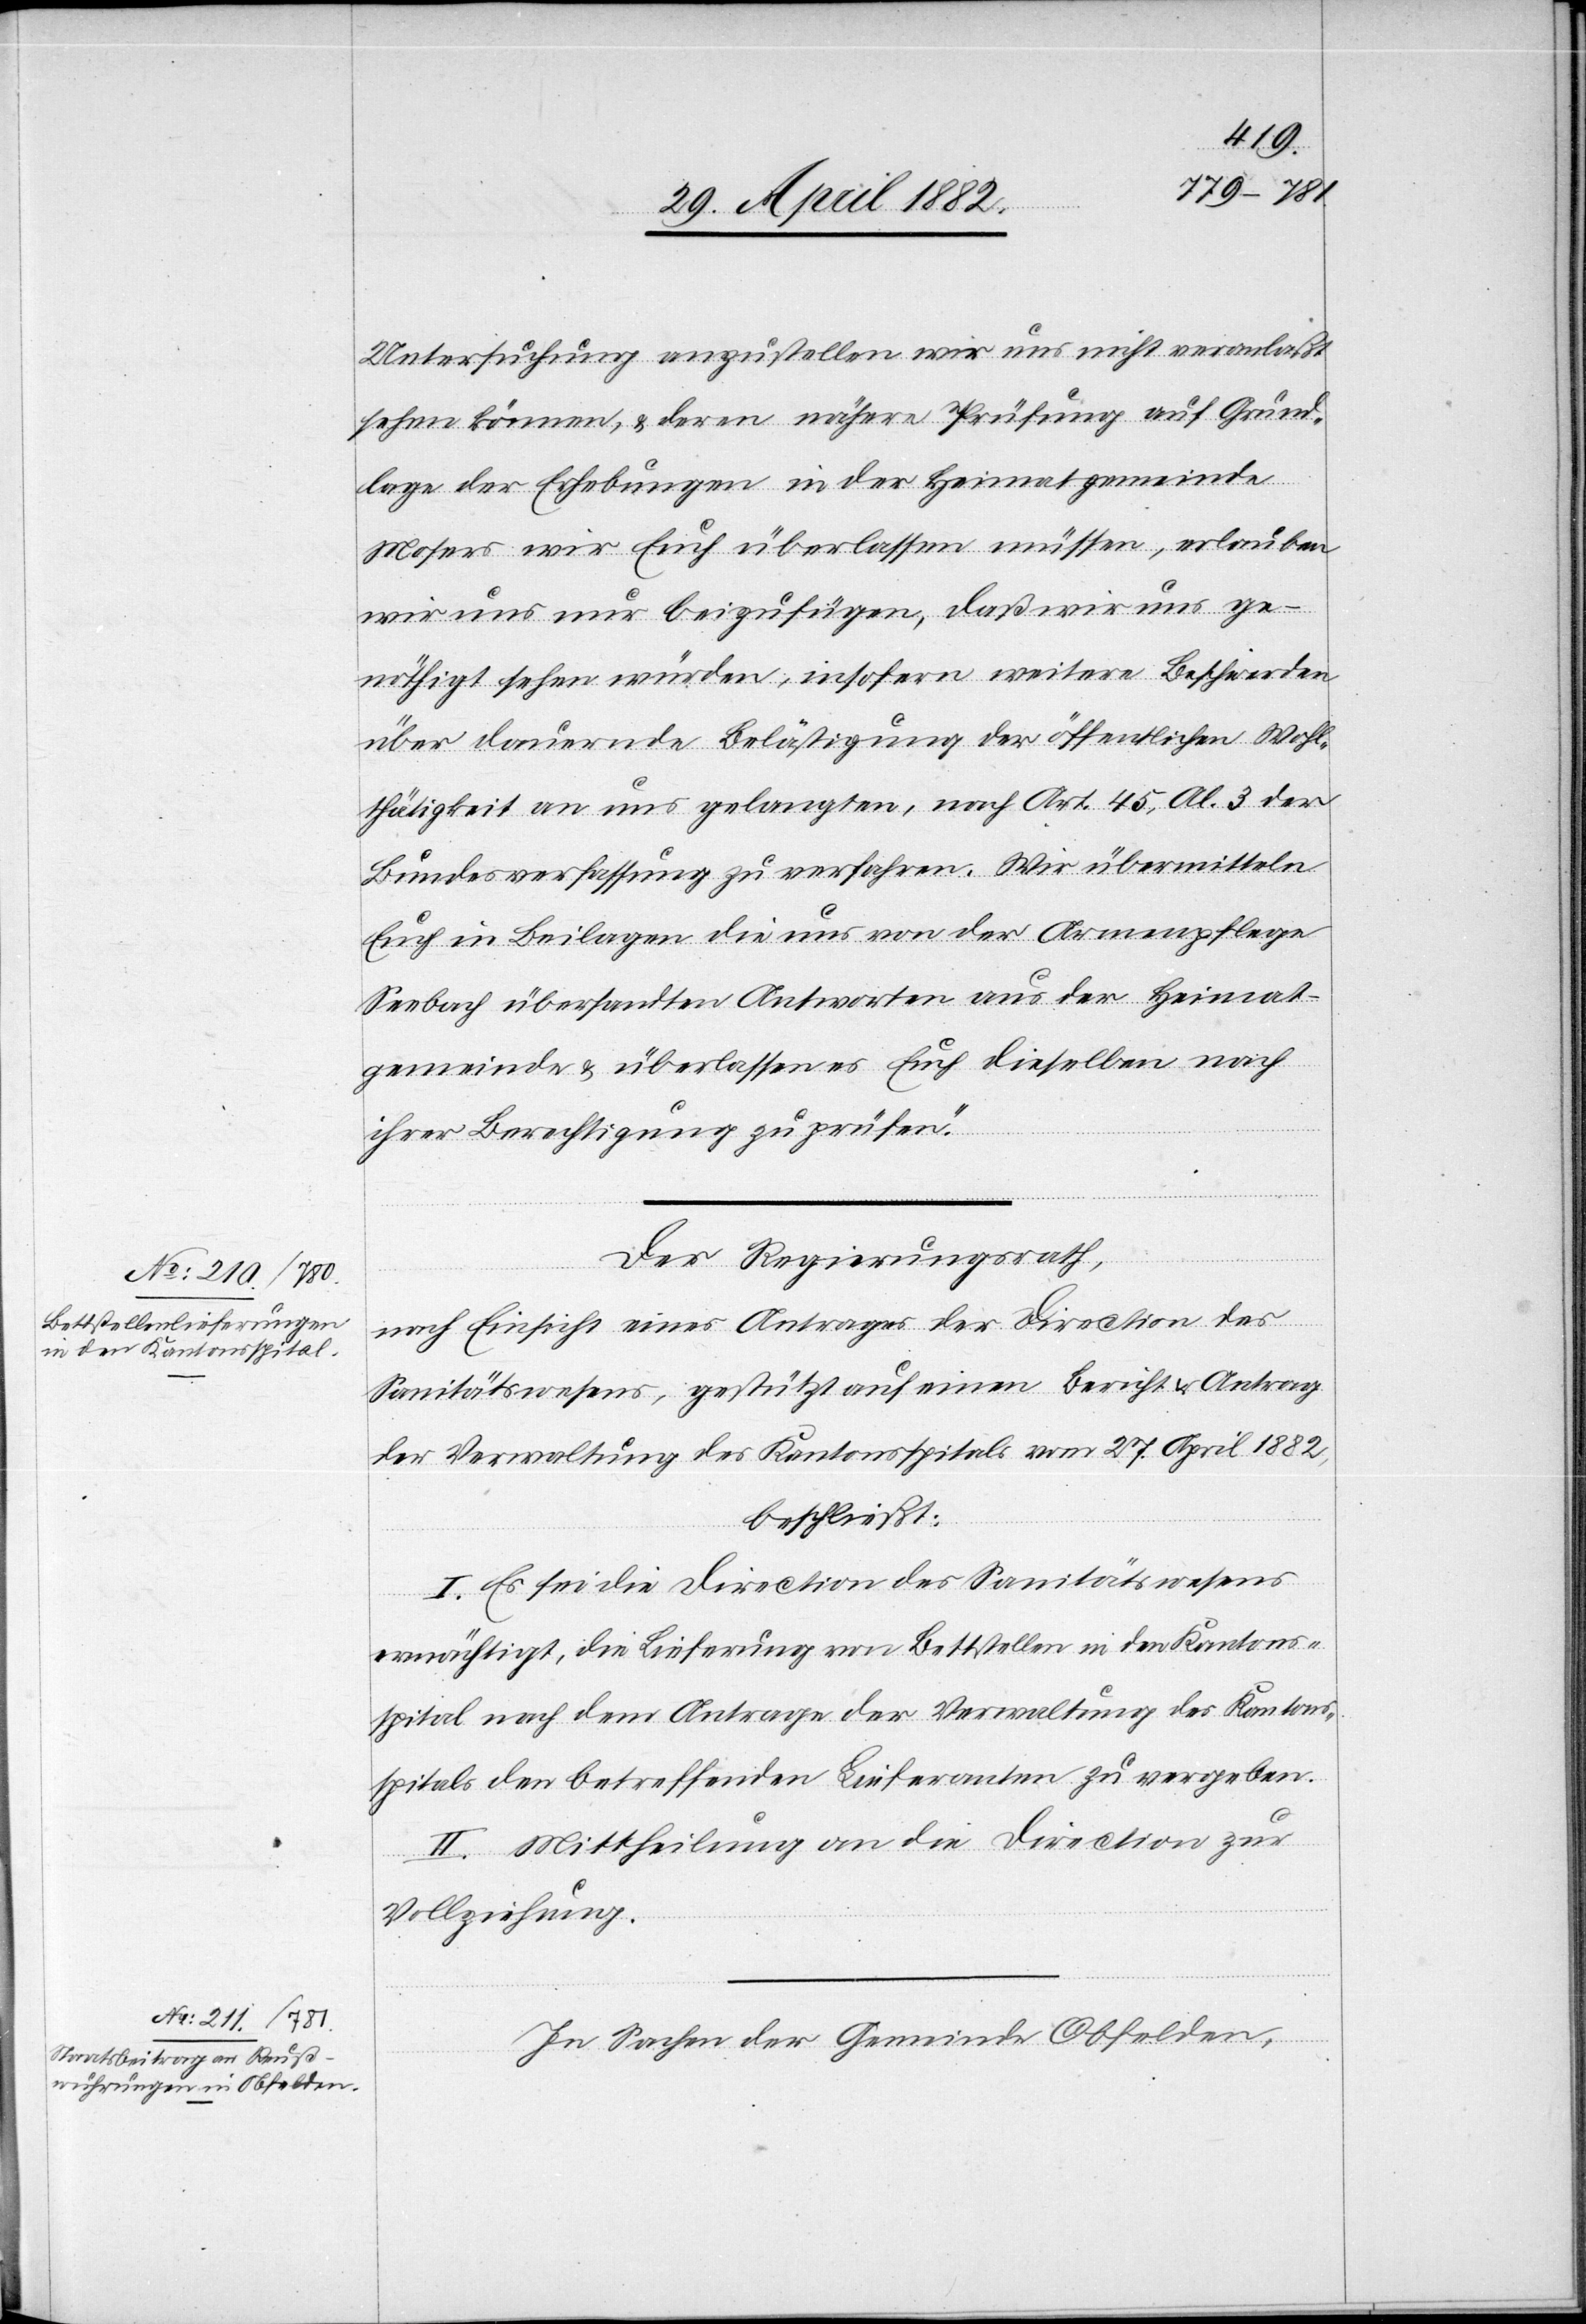
Untersuchung anzustellen wir uns nicht veranlaßt
sehen können, & deren nähere Prüfung auf Grund¬
lage der Erhebungen in der Heimatgemeinde
Mosers wir Euch überlassen müssen, erlauben
wir uns nur beizufügen, daß wir uns ge¬
nöthigt sehen würden, insofern weitere Beschwerden
über dauernde Belästigung der öffentlichen Wohl¬
thätigkeit an uns gelangten, nach Art. 45, Al. 3 der
Bundesverfassung zu verfahren. Wir übermitteln
Euch in Beilagen die uns von der Armenpflege
Seebach übersandten Antworten aus der Heimat¬
gemeinde & überlassen es Euch dieselben nach
ihrer Berechtigung zu prüfen.“
Der Regierungsrath,
nach Einsicht eines Antrages der Direction des
Sanitätswesens, gestützt auf einen Bericht & Antrag
der Verwaltung des Kantonsspitals vom 27. April 1882,
beschließt:
I. Es sei die Direction des Sanitätswesens
ermächtigt, die Lieferung von Bettstellen in den Kantons¬
spital nach dem Antrage der Verwaltung des Kantons¬
spitals den betreffenden Lieferanten zu vergeben.
II. Mittheilung an die Direction zur
Vollziehung.
In Sachen der Gemeinde Obfelden,